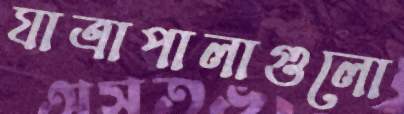
যাত্রাপালাগুলো